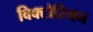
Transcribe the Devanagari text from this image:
विक्‍टोरियन